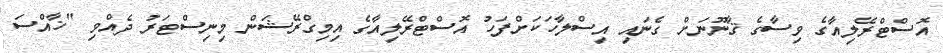
އޮސްޓްރޭލިއާގެ ވިސާގެ ޤާނޫނަށް ގެނައި އިސްލާހަކަށްފަހު އޮސްޓްރޭލިއާގެ އިމިގްރޭޝަން މިނިސްޓަރު ދެއްވި "ޚާއްސަ